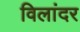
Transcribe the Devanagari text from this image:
विलांदर